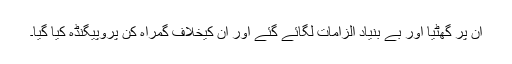
ان پر گھٹیا اور بے بنیاد الزامات لگائے گئے اور ان کیخلاف گمراہ کن پروپیگنڈہ کیا گیا۔